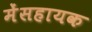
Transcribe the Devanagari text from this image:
मेंसहायक